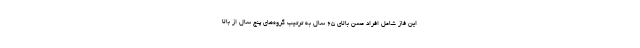
این فاز شامل افراد مسن بالای ۶۵ سال به ترتیب گروه‌های پنج سال از بالا